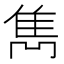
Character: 雋